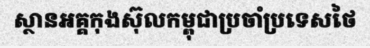
ស្ថានអគ្គកុងស៊ុលកម្ពុជាប្រចាំប្រទេសថៃ